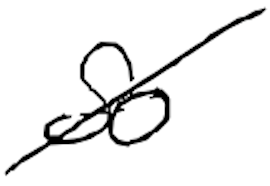
Text: so
Cross-out: diagonal
Writing tool: digital_black